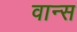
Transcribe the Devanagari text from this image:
वान्स